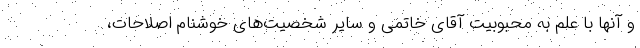
و آنها با علم به محبوبیت آقای خاتمی و سایر شخصیت‌های خوشنام اصلاحات،